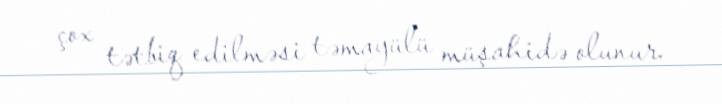
çox tətbiq edilməsi təmayülü müşahidə olunur.